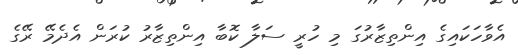
އެވާހަކައިގެ އިންތިޒާރުގަ މި ހުރީ ސަލާ ކޮބާ އިންތިޒާރު ކުރަން އެދެމޭ ރޭގެ